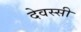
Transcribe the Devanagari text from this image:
देवस्सी